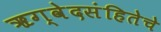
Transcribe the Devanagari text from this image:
ॠग्वेदसंहितेचे